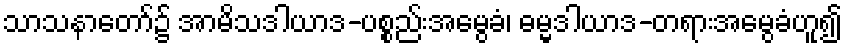
သာသနာတော်၌ အာမိသဒါယာဒ-ပစ္စည်းအမွေခံ၊ ဓမ္မဒါယာဒ-တရားအမွေခံဟူ၍